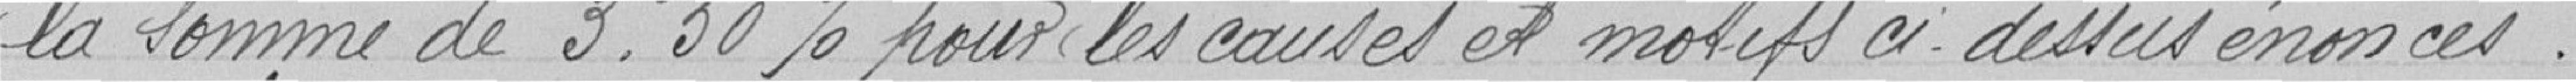
la somme de 3.50 % pour les causes et motifs ci-dessus énoncés.